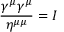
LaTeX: { \frac { \gamma ^ { \mu } \gamma ^ { \mu } } { \eta ^ { \mu \mu } } } = I